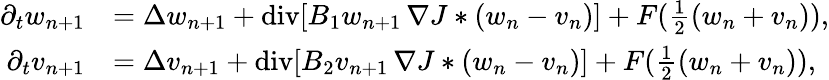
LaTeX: \begin{array}{rl}{\partial_{t}w_{n+1}}&{=\Delta w_{n+1}+\mathrm{div}[B_{1}w_{n+1}\, \nabla J*(w_{n}-v_{n})]+F(\frac{1}{2}(w_{n}+v_{n})),}\\ {\partial_{t}v_{n+1}}&{=\Delta v_{n+1}+\mathrm{div}[B_{2}v_{n+1}\, \nabla J*(w_{n}-v_{n})]+F(\frac{1}{2}(w_{n}+v_{n})),}\end{array}